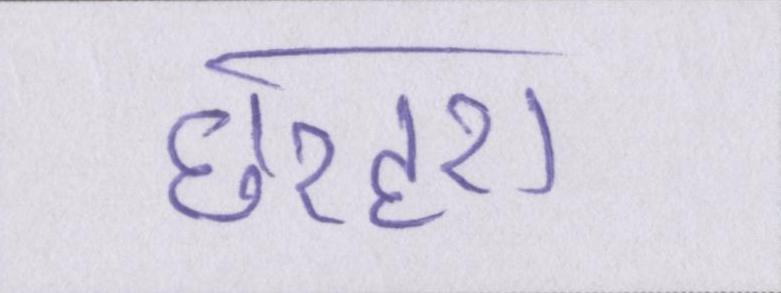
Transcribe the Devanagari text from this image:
छरहरा